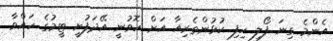
އެންމެ ގިނަ ފޯލި ހިފި ކުޅުންތެރިއާ އަށް ހޮވުނީ އޭދަފުށީ ޓީމުގެ ހައްވާ